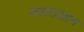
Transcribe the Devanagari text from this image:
उतातलान